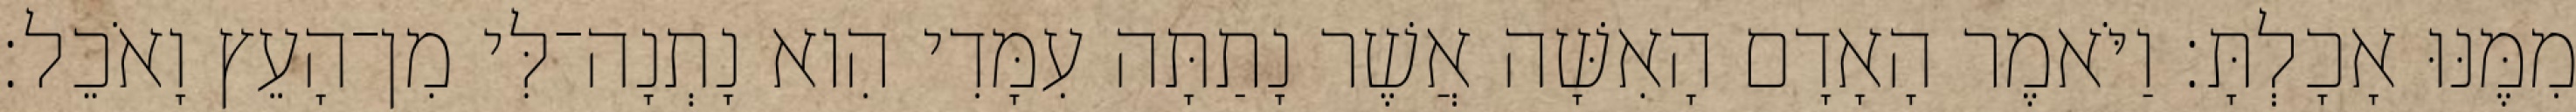
מִמֶּנּוּ אָכָלְתָּ׃ וַיֹּאמֶר הָאָדָם הָאִשָּׁה אֲשֶׁר נָתַתָּה עִמָּדִי הִוא נָתְנָה־לִּי מִן־הָעֵץ וָאֹכֵל׃